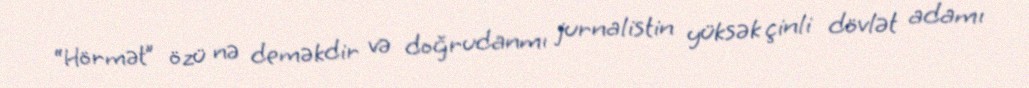
“Hörmət” özü nə deməkdir və doğrudanmı jurnalistin yüksək çinli dövlət adamı